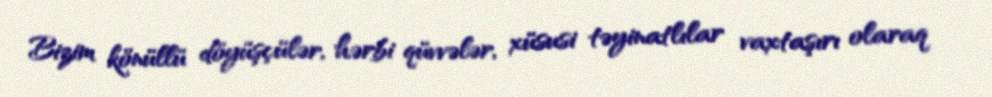
Bizim könüllü döyüşçülər, hərbi qüvvələr, xüsusi təyinatlılar vaxtaşırı olaraq